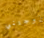
تزوجتني